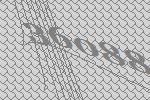
36088